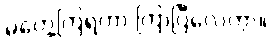
မတွေ့ကြရတာ ကြာပြီလေကွာ။